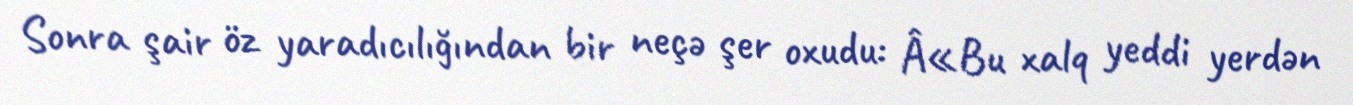
Sonra şair öz yaradıcılığından bir neçə şer oxudu: Â«Bu xalq yeddi yerdən